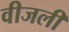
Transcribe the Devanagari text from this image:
वीजली